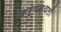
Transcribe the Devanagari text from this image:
कर्यस्थली